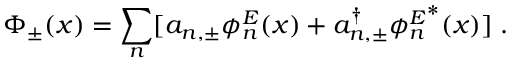
\Phi _ { \pm } ( x ) = \sum _ { n } [ a _ { n , \pm } \phi _ { n } ^ { E } ( x ) + a _ { n , \pm } ^ { \dagger } { \phi _ { n } ^ { E } } ^ { * } ( x ) ] { \; . }